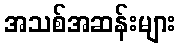
အသစ်အဆန်းများ